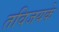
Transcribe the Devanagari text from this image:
तविजयके